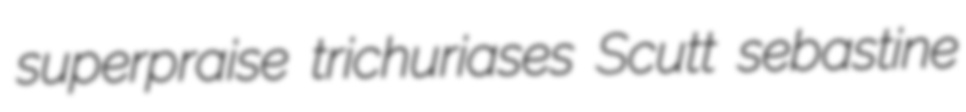
superpraise trichuriases Scutt sebastine